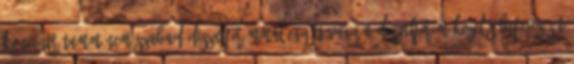
koncentrátumot nem szabad diszulfirámmal együtt vagy a diszulfirám-kezelés befejezését